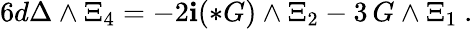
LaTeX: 6d\Delta\wedge\Xi_{4}=-2\mathbf{i}(*G)\wedge\Xi_{2}-3\, G\wedge\Xi_{1}\ .